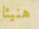
هنيئا